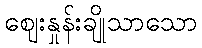
ဈေးနှုန်းချိုသာသော